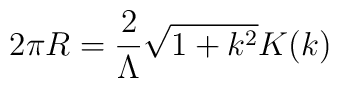
2\pi R=\frac{2}{\Lambda}\sqrt{1+k^2}K(k)